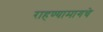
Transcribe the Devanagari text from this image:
राहण्यामागचे